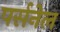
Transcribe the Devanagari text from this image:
पर्सनेल